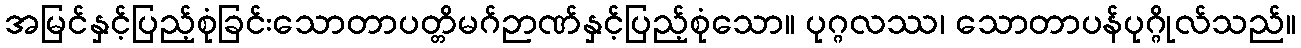
အမြင်နှင့်ပြည့်စုံခြင်းသောတာပတ္တိမဂ်ဉာဏ်နှင့်ပြည့်စုံသော။ ပုဂ္ဂလဿ၊ သောတာပန်ပုဂ္ဂိုလ်သည်။